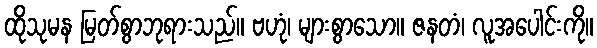
ထိုသုမန မြတ်စွာဘုရားသည်။ ဗဟုံ၊ များစွာသော။ ဇနတံ၊ လူအပေါင်းကို။